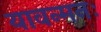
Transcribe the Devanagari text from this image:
यावन्मनः